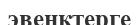
эвенктерге